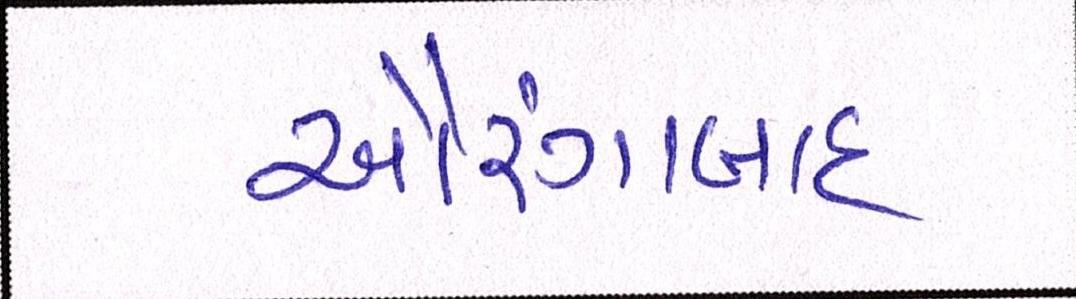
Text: ઔરંગાબાદ